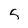
Character: 5